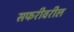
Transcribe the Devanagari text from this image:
सफरीवरील